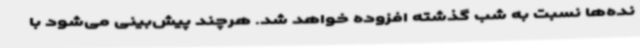
نده‌ها نسبت به شب گذشته افزوده خواهد شد. هرچند پیش‌بینی می‌شود با